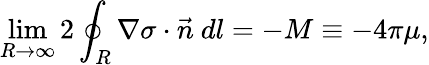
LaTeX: \operatorname*{lim}_{R\to\infty}2\oint_{R}\nabla\sigma\cdot\vec{n}~dl=-M\equiv-4\pi\mu,